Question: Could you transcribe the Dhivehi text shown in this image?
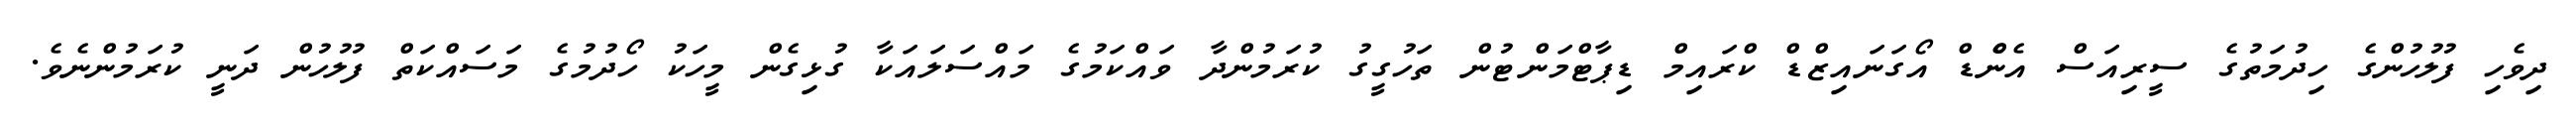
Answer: ދިވެހި ފުލުހުންގެ ހިދުމަތުގެ ސީރިއަސް އެންެޑް އޯގަނައިޒްޑް ކްރައިމް ޑިޕާޓްމަންޓުން ތަހުގީގު ކުރަމުންދާ ވައްކަމުގެ މައްސަލައަކާ ގުޅިގެން މީހަކު ހޯދުމުގެ މަސައްކަތް ފުލުހުން ދަނީ ކުރަމުންނެވެ.